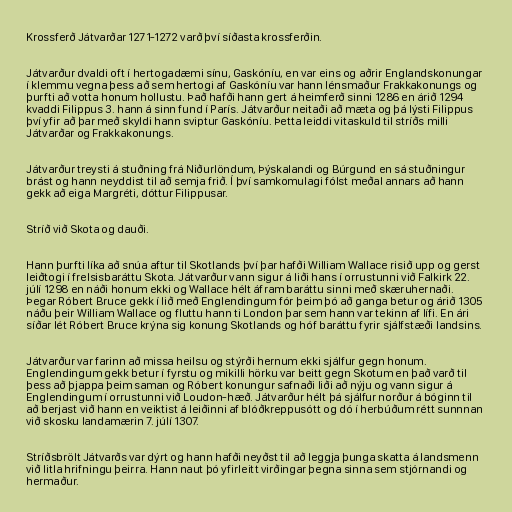
Krossferð Játvarðar 1271-1272 varð því síðasta krossferðin.

Játvarður dvaldi oft í hertogadæmi sínu, Gaskóníu, en var eins og aðrir Englandskonungar
í klemmu vegna þess að sem hertogi af Gaskóníu var hann lénsmaður Frakkakonungs og
þurfti að votta honum hollustu. Það hafði hann gert á heimferð sinni 1286 en árið 1294
kvaddi Filippus 3. hann á sinn fund í París. Játvarður neitaði að mæta og þá lýsti Filippus
því yfir að þar með skyldi hann sviptur Gaskóníu. Þetta leiddi vitaskuld til stríðs milli
Játvarðar og Frakkakonungs.

Játvarður treysti á stuðning frá Niðurlöndum, Þýskalandi og Búrgund en sá stuðningur
brást og hann neyddist til að semja frið. Í því samkomulagi fólst meðal annars að hann
gekk að eiga Margréti, dóttur Filippusar.

Stríð við Skota og dauði.

Hann þurfti líka að snúa aftur til Skotlands því þar hafði William Wallace risið upp og gerst
leiðtogi í frelsisbaráttu Skota. Játvarður vann sigur á liði hans í orrustunni við Falkirk 22.
júlí 1298 en náði honum ekki og Wallace hélt áfram baráttu sinni með skæruhernaði.
Þegar Róbert Bruce gekk í lið með Englendingum fór þeim þó að ganga betur og árið 1305
náðu þeir William Wallace og fluttu hann ti London þar sem hann var tekinn af lífi. En ári
síðar lét Róbert Bruce krýna sig konung Skotlands og hóf baráttu fyrir sjálfstæði landsins.

Játvarður var farinn að missa heilsu og stýrði hernum ekki sjálfur gegn honum.
Englendingum gekk betur í fyrstu og mikilli hörku var beitt gegn Skotum en það varð til
þess að þjappa þeim saman og Róbert konungur safnaði liði að nýju og vann sigur á
Englendingum í orrustunni við Loudon-hæð. Játvarður hélt þá sjálfur norður á bóginn til
að berjast við hann en veiktist á leiðinni af blóðkreppusótt og dó í herbúðum rétt sunnnan
við skosku landamærin 7. júlí 1307.

Stríðsbrölt Játvarðs var dýrt og hann hafði neyðst til að leggja þunga skatta á landsmenn
við litla hrifningu þeirra. Hann naut þó yfirleitt virðingar þegna sinna sem stjórnandi og
hermaður.